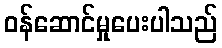
ဝန်ဆောင်မှုပေးပါသည်